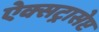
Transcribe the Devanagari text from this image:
ऐक्सट्रासेप्ट